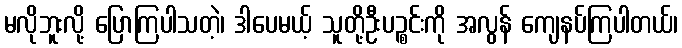
မလိုဘူးလို့ ပြောကြပါသတဲ့၊ ဒါပေမယ့် သူတို့ဦးပဉ္စင်းကို အလွန် ကျေနပ်ကြပါတယ်၊